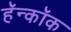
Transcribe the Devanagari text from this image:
हॅन्कॉक